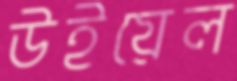
উইয়েল